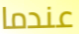
عندما